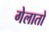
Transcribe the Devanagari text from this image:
गेलातो